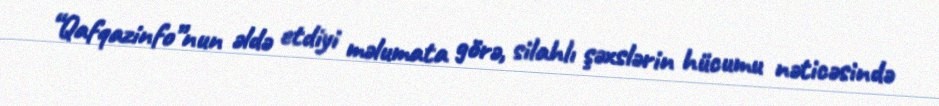
“Qafqazinfo”nun əldə etdiyi məlumata görə, silahlı şəxslərin hücumu nəticəsində